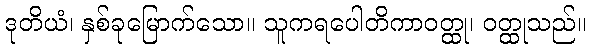
ဒုတိယံ၊ နှစ်ခုမြောက်သော။ သူကရပေါတိကာဝတ္ထု၊ ဝတ္ထုသည်။